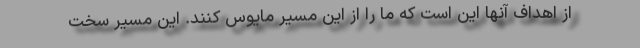
از اهداف آنها این است که ما را از این مسیر مایوس کنند. این مسیر سخت